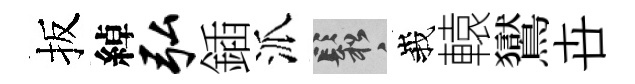
扳綽弘鍤派鬆峩轅鸑卋